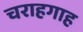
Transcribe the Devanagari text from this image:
चराहगाह